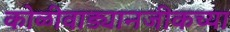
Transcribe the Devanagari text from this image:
कोळीवाड्यानजीकच्या